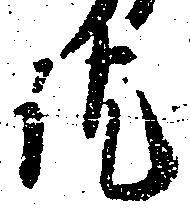
訖